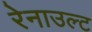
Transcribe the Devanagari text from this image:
रेनाउल्ट